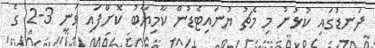
ދަނޑުގައި ކުޅުނު މި މެޗު ޔުނައިޓެޑުން ކާމިޔާބު ކޮށްފައި ވަނީ 3-2 ގެ